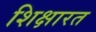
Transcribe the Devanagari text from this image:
शिक्षारत